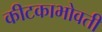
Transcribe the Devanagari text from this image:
कीटकाभोवती